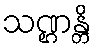
သဏ္ဌန္တိ